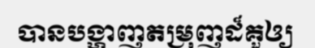
បានបង្ហាញតម្រុញដ៏គួឲ្យ